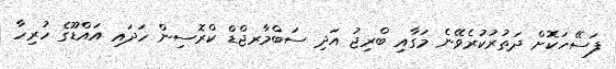
ފަސޭހަކޮށް ދަތުރުކުރެވޭނެ މަގާއި ބްރިޖު އަދި ސަބްމާރޖްޑް ކްރޮސިން ހަދައި އައްޑޫގެ ހުރިހާ